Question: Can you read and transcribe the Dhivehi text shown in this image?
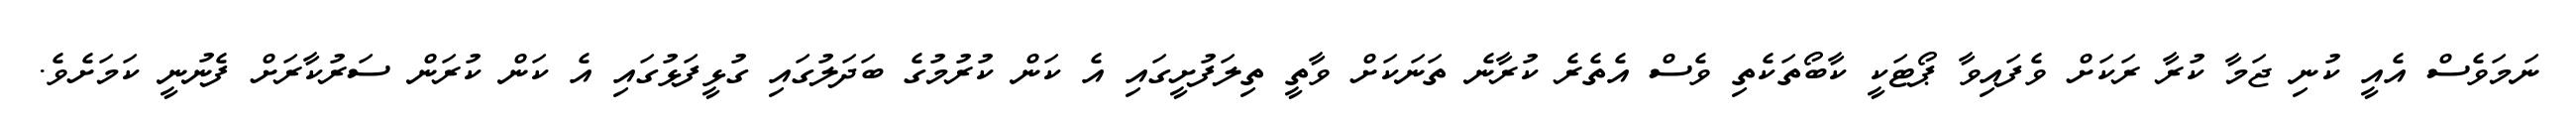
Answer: ނަމަވެސް އެއީ ކުނި ޖަމާ ކުރާ ރަކަށް ވެފައިވާ ޕޯޓަކީ ކާބޯތަކެތި ވެސް އެތެރެ ކުރާނެ ތަނަކަށް ވާތީ ތިލަފުށީގައި އެ ކަން ކުރުމުގެ ބަދަލުގައި ގުޅީފަޅުގައި އެ ކަން ކުރަން ސަރުކާރަށް ފެނުނީ ކަމަށެވެ.